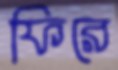
ফিরে